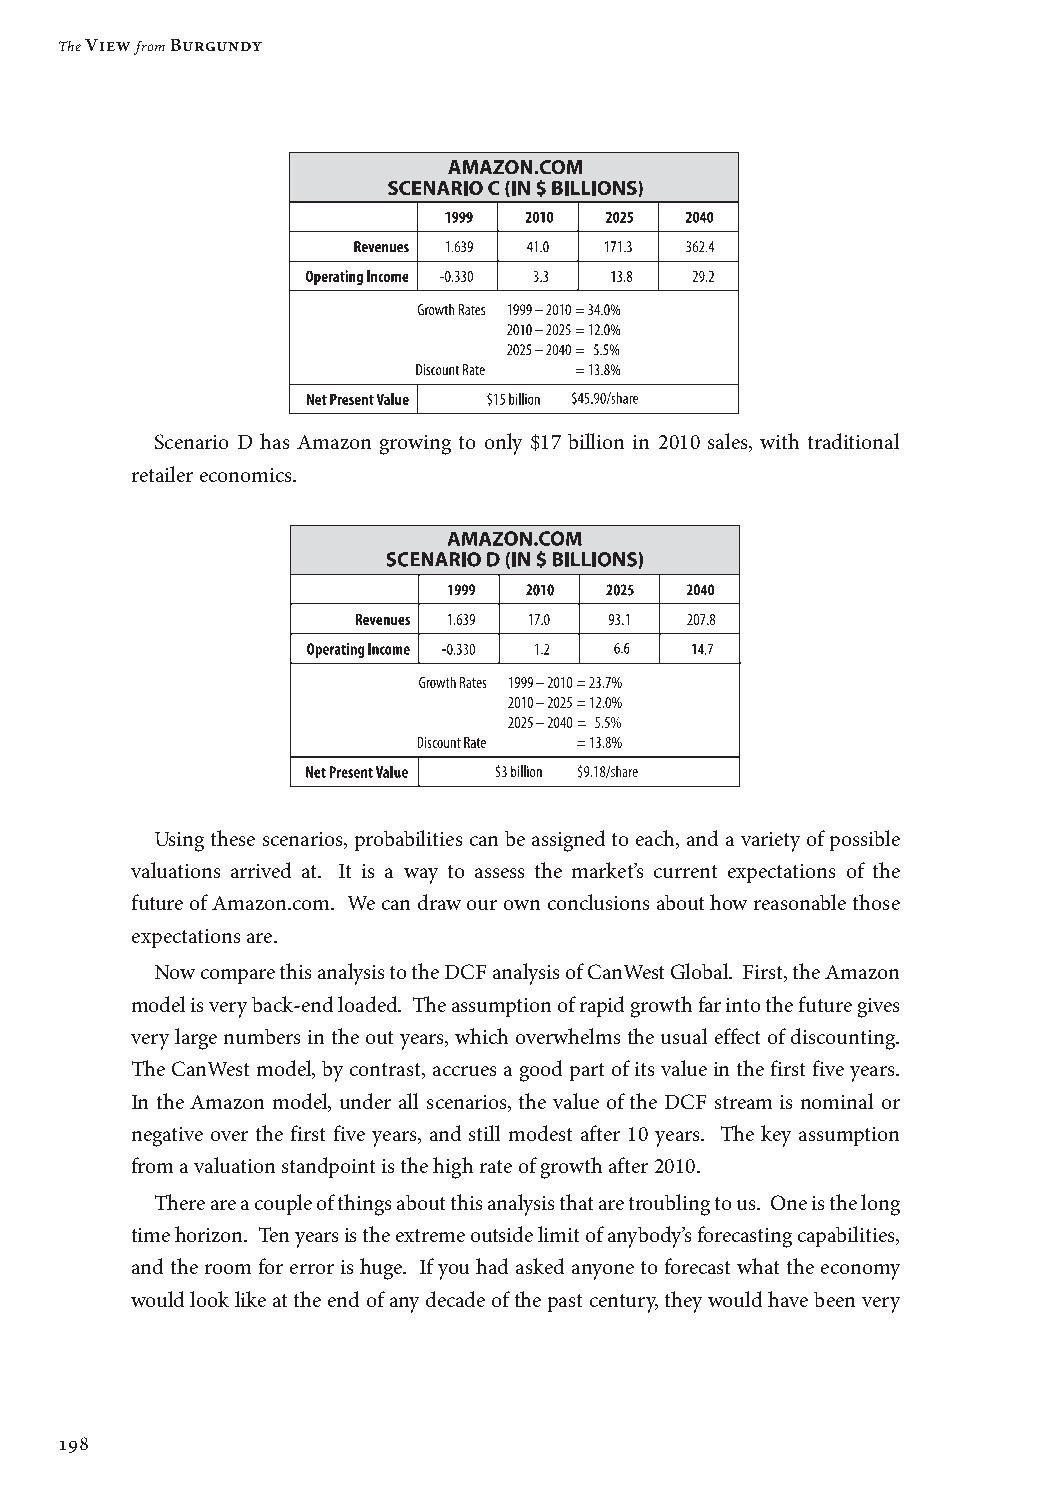
The View from Burgundy
 Scenario D has Amazon growing to only $17 billion in 2010 sales, with traditional
 retailer economics.
 Using these scenarios, probabilities can be assigned to each, and a variety of possible
 valuations arrived at. It is a way to assess the market’s current expectations of the
 future of Amazon.com. We can draw our own conclusions about how reasonable those
 expectations are.
 Now compare this analysis to the DCF analysis of CanWest Global. First, the Amazon
 model is very back-end loaded. The assumption of rapid growth far into the future gives
 very large numbers in the out years, which overwhelms the usual effect of discounting.
 The CanWest model, by contrast, accrues a good part of its value in the first five years.
 In the Amazon model, under all scenarios, the value of the DCF stream is nominal or
 negative over the first five years, and still modest after 10 years. The key assumption
 from a valuation standpoint is the high rate of growth after 2010.
 There are a couple of things about this analysis that are troubling to us. One is the long
 time horizon. Ten years is the extreme outside limit of anybody’s forecasting capabilities,
 and the room for error is huge. If you had asked anyone to forecast what the economy
 would look like at the end of any decade of the past century, they would have been very
 198